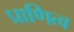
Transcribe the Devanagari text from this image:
प्राणित्व